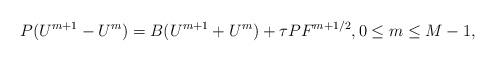
LaTeX: \begin{align*} P (U^{m+1} - U^m) =B (U^{m+1}+U^m) + \tau P F^{m+1/2}, 0\le m\le M-1 ,\end{align*}